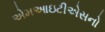
એમઆઇટીએસનો